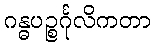
ဂန္ဓပဉ္စင်္ဂုလိကတာ